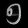
Digit: ၅